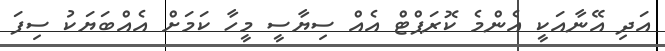
އަދި އޭނާއަކީ އެންމެ ކޮރަޕްޓް އެއް ސިޔާސީ މީހާ ކަމަށް އެއްބަޔަކު ސިފަ